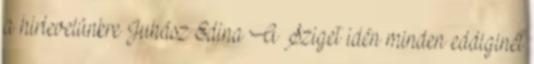
a hirlevelünkre Juhász Edina A Sziget idén minden eddiginél